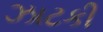
ઝાટકી